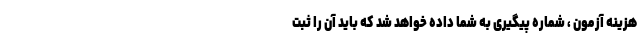
هزینه آزمون ، شماره پیگیری به شما داده خواهد شد که باید آن را ثبت